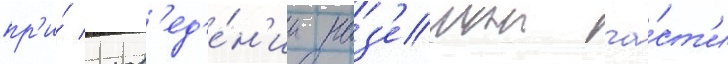
пр'и́ пров'ед'е́н'ии наз'емнои ча́ст'и